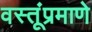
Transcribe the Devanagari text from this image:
वस्तूंप्रमाणे